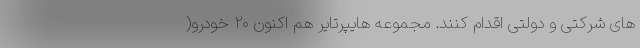
های شرکتی و دولتی اقدام کنند. مجموعه هایپرتایر هم اکنون ۲۰ خودرو(